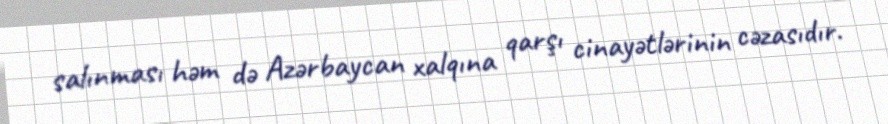
salınması həm də Azərbaycan xalqına qarşı cinayətlərinin cəzasıdır.